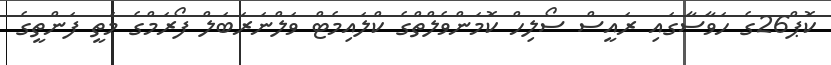
ކޮޕް26ގެ ހަވާސާގައި ރައީސް ސޯލިހް ކޮމަންވެލްތްގެ ކްލައިމެޓް ވަލްނަރަބަލް ފޯރަމްގެ މަތީ ފަންތީގެ